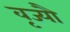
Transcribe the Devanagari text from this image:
वृज्यौ